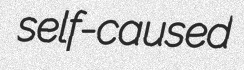
self-caused